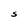
Character: S